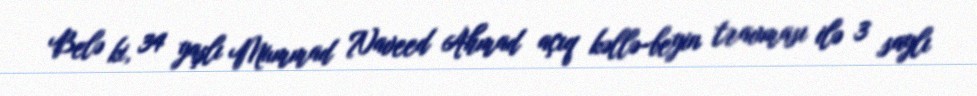
Belə ki, 34 yaşlı Mummad Naveed Ahmad açıq kəllə-beyin travması ilə 3 saylı